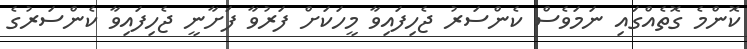
ކޮންމެ ގޮތެއްގައި ނަމަވެސް ކެންސަރު ޖެހިފައިވާ މީހަކަށް ފަރުވާ ފަށާނީ ޖެހިފައިވާ ކެންސަރުގެ